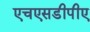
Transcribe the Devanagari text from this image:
एचएसडीपीए